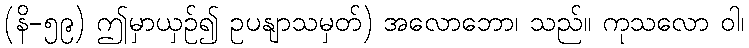
(နိ-၅၉) ဤမှာယှဉ်၍ ဥပနျာသမှတ်) အလောဘော၊ သည်။ ကုသလော ဝါ၊